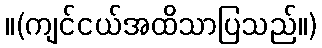
။(ကျင်ငယ်အထိသာပြသည်။)